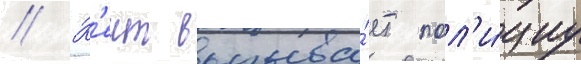
// К'еит вызыва́ет пол'и́циу